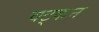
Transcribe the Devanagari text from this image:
चट्कन